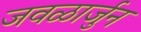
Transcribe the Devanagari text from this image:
जवळार्जुन